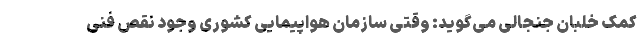
کمک خلبان جنجالی می‌گوید: وقتی سازمان هواپیمایی کشوری وجود نقص فنی